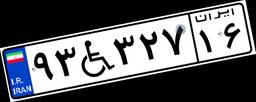
۹۳W۳۲۷۱۶